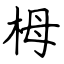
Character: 栂